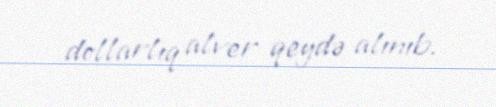
dollarlıq alver qeydə alınıb.